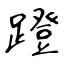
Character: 蹬